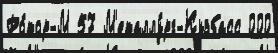
Ро́тор-М 57 М'еталлу́рг-Кузбасс 000